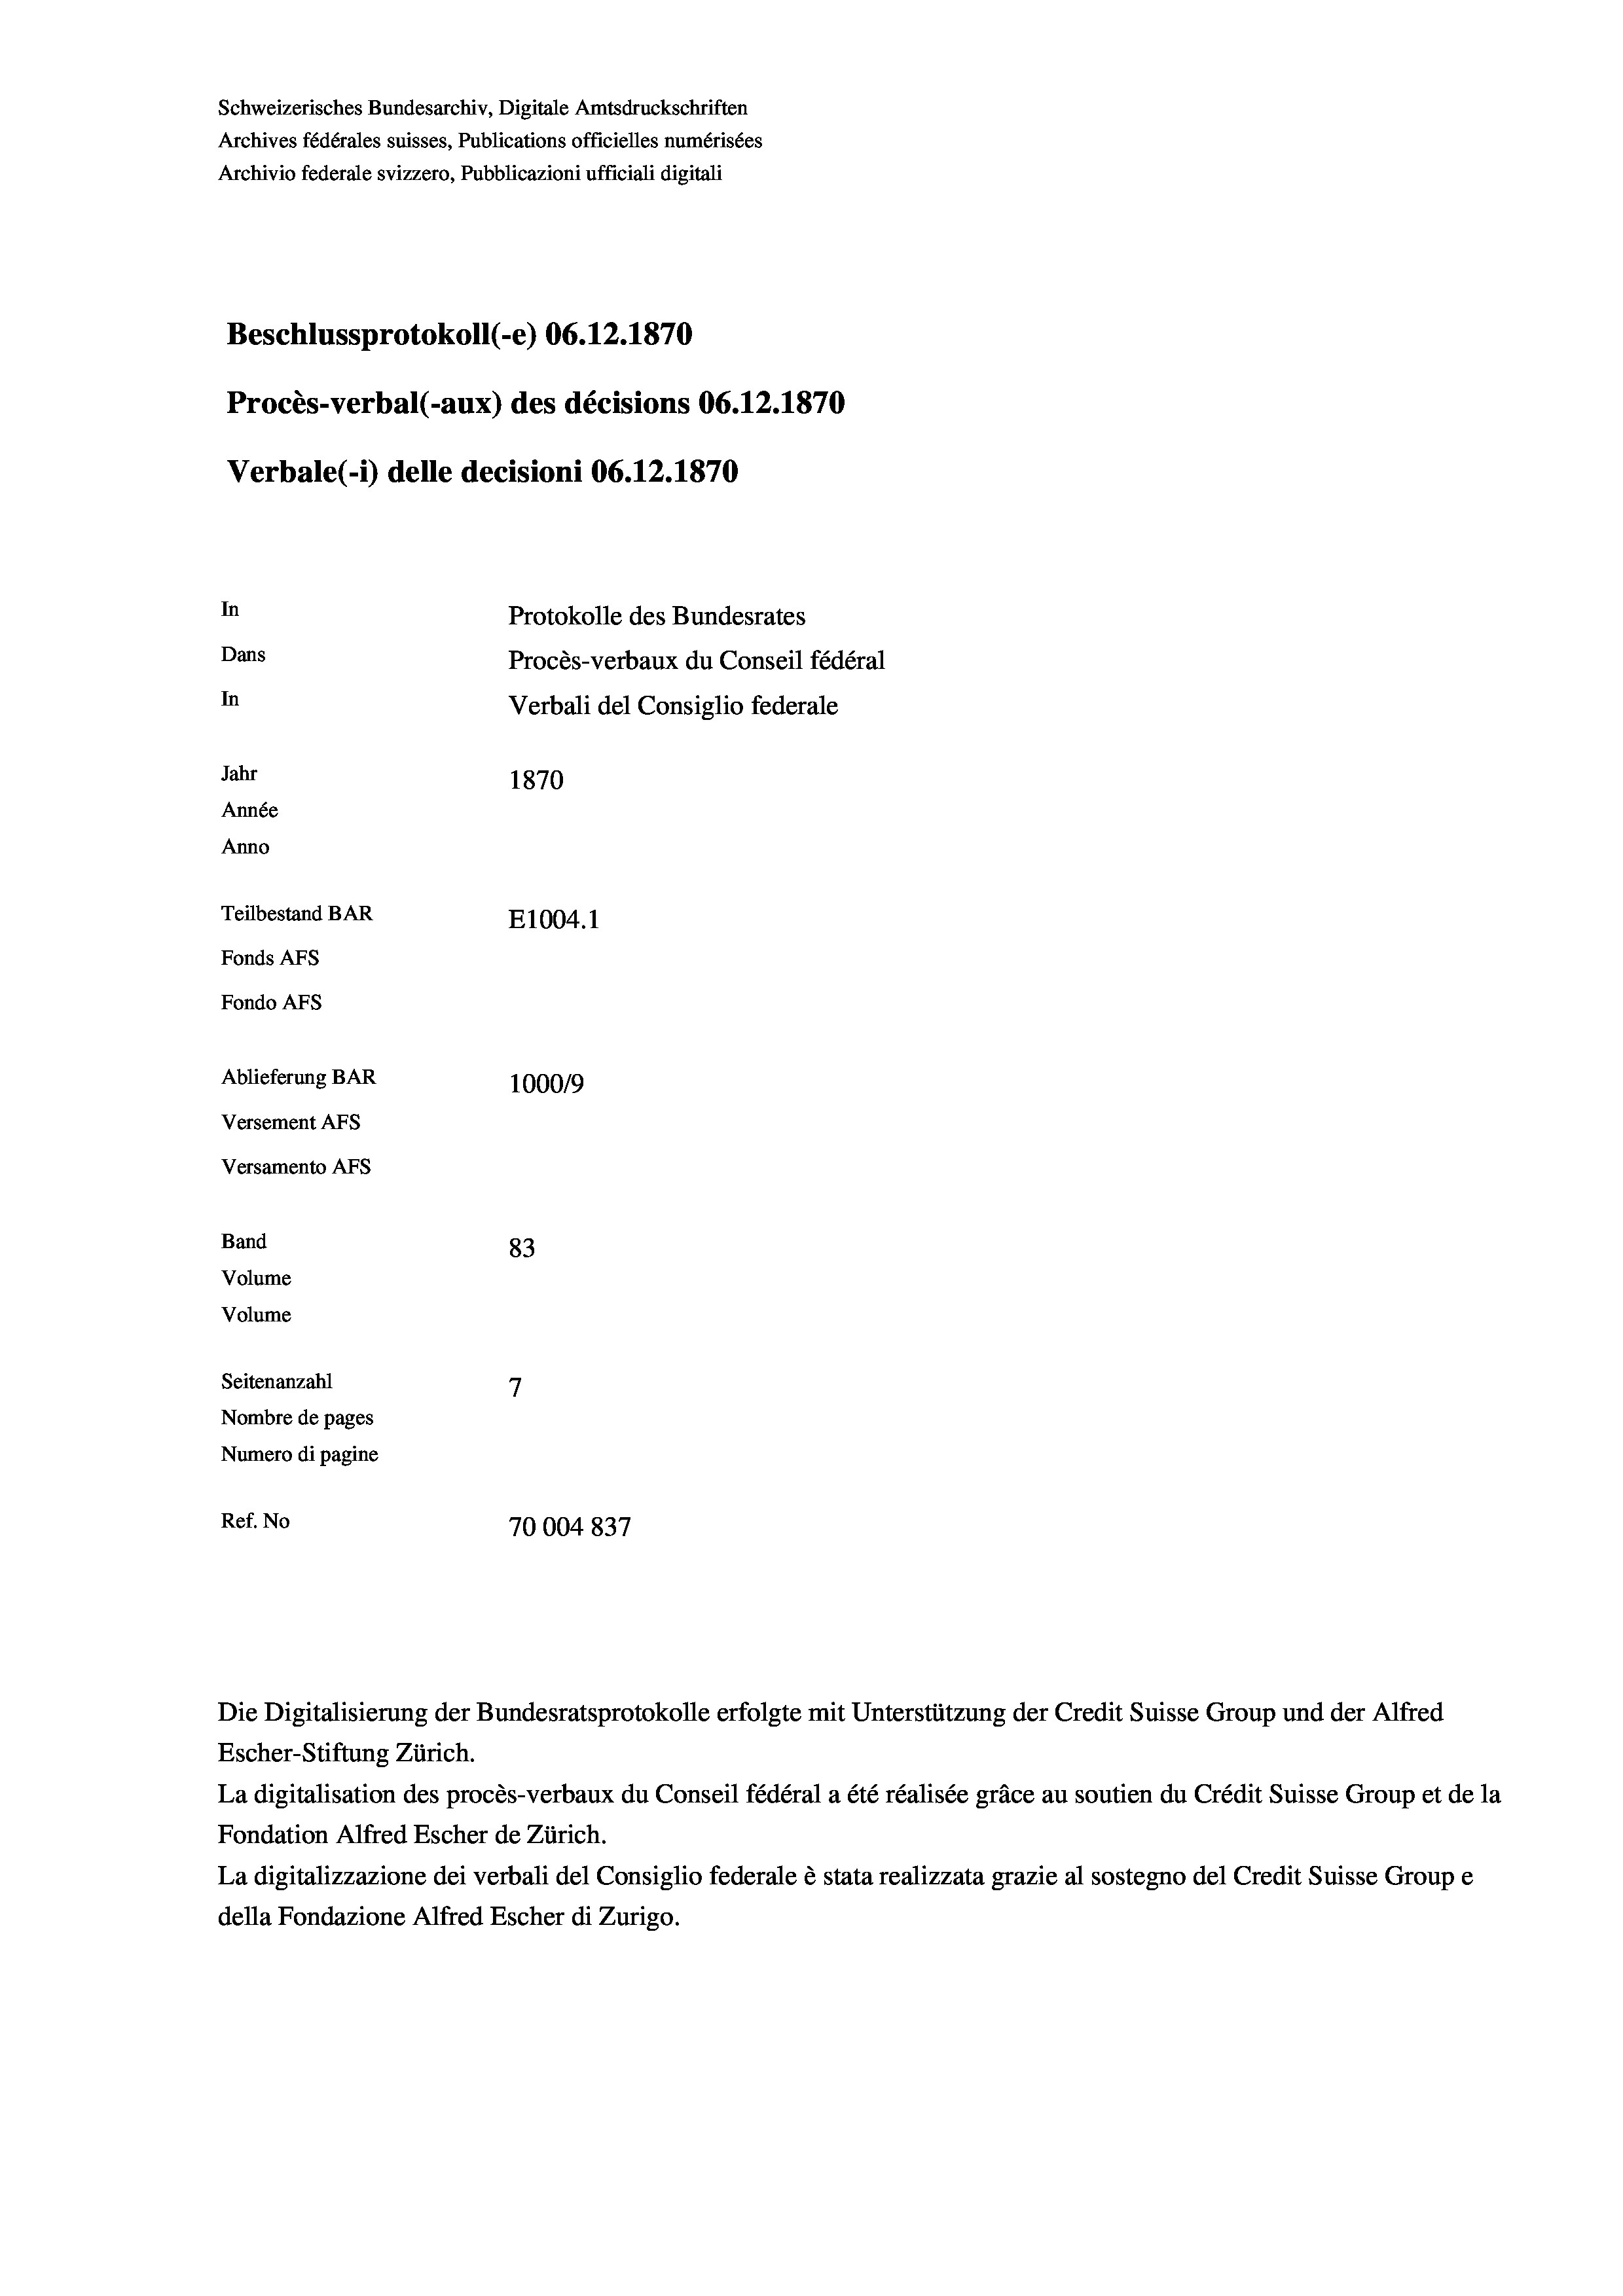
Schweizerisches Bundesarchiv, Digitale Amtsdruckschriften
Archives fédérales suisses, Publications officielles numérisées
Archivio federale svizzero, Pubblicazioni ufficiali digitali
Beschlussprotokoll (-e) 06.12.1870
Procès-verbal (-aux) des décisions 06.12.1870
Verbale (i) delle decisioni 06.12.1870
In
Protokolle des Bundesrates
Dans
Procès-verbaux du Conseil fédéral
In
Verbali del Consiglio federale
Jahr
1870
Année
Anno
Teilbestand BAR
E1004.1
Fonds Afs
Fondo AFs
Ablieferung BAR
100019
Versement Abs
Versamento Afs
Band
83
Volume
Volume
7
Seitenanzahl
Nombre de pages
Numero di pagine
Ref. No
70004 837

Escher-Stiftung Zürich.
La digitalisation des procès-verbaux du Conseil fédéral a été réalisée gräce au soutien du Crédit Suisse Group et de la
Fondation Alfred Escher de Zürich.
La digitalizzazione dei verbali del Consiglio federale è stata realizzata grazie al sostegno del Credit Suisse Groupe
della Fondazione Alfred Escher di Zurigo.

Die Digitalisierung der Bundesratsprotokolle erfolgte mit Unterstützung der Credit Suisse Group und der Alfred